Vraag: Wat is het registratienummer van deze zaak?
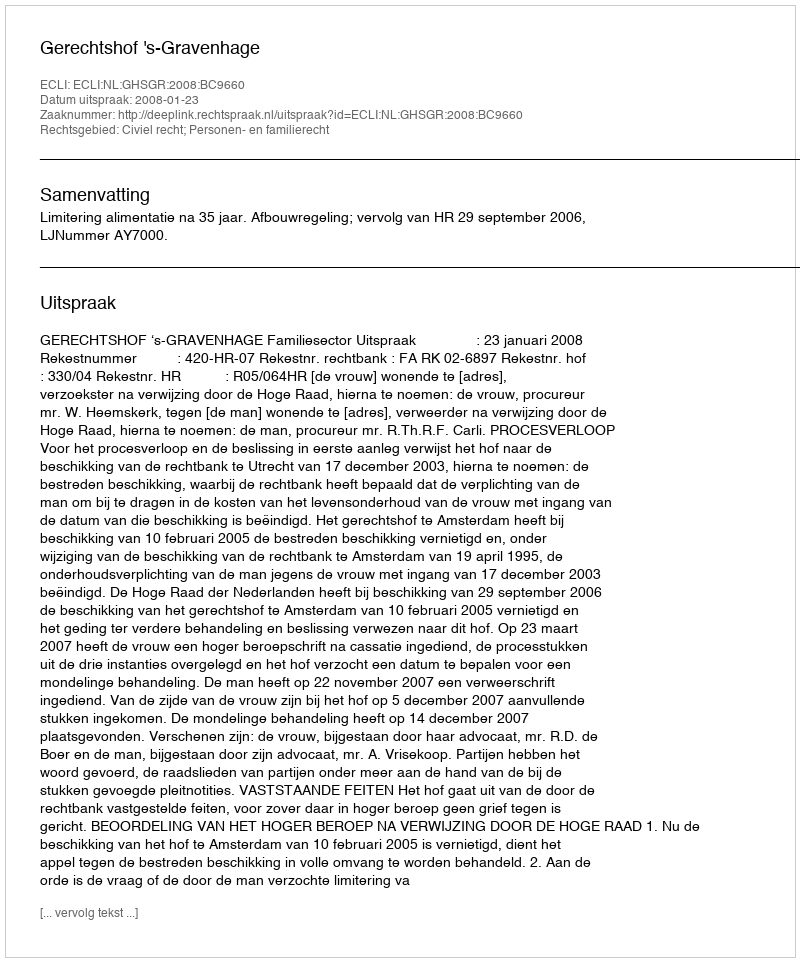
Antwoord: http://deeplink.rechtspraak.nl/uitspraak?id=ECLI:NL:GHSGR:2008:BC9660